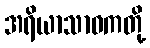
အရိယာသာဝကတို့